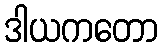
ဒါယကတော